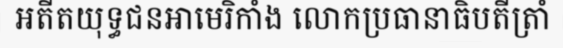
អតីតយុទ្ធជនអាមេរិកាំង លោកប្រធានាធិបតីត្រាំ